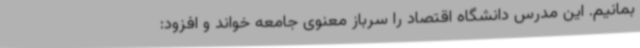
بمانیم. این مدرس دانشگاه اقتصاد را سرباز معنوی جامعه خواند و افزود: